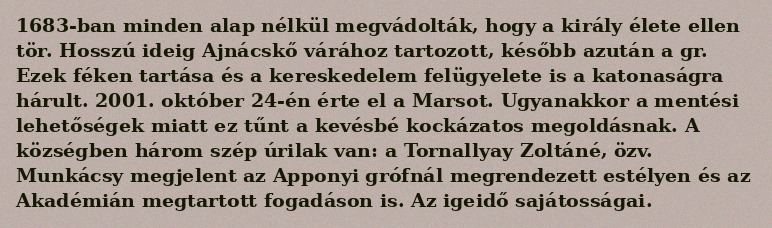
1683-ban minden alap nélkül megvádolták, hogy a király élete ellen tör. Hosszú ideig Ajnácskő várához tartozott, később azután a gr. Ezek féken tartása és a kereskedelem felügyelete is a katonaságra hárult. 2001. október 24-én érte el a Marsot. Ugyanakkor a mentési lehetőségek miatt ez tűnt a kevésbé kockázatos megoldásnak. A községben három szép úrilak van: a Tornallyay Zoltáné, özv. Munkácsy megjelent az Apponyi grófnál megrendezett estélyen és az Akadémián megtartott fogadáson is. Az igeidő sajátosságai.